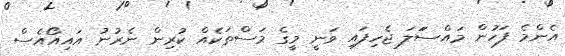
އެންމެ ފަހުން މައްސަަލަ ޖެހިފައި ވަނީ މީގެ މަސްތަކެއް ކުރިން ނެރުނު އައިއޯއެސް